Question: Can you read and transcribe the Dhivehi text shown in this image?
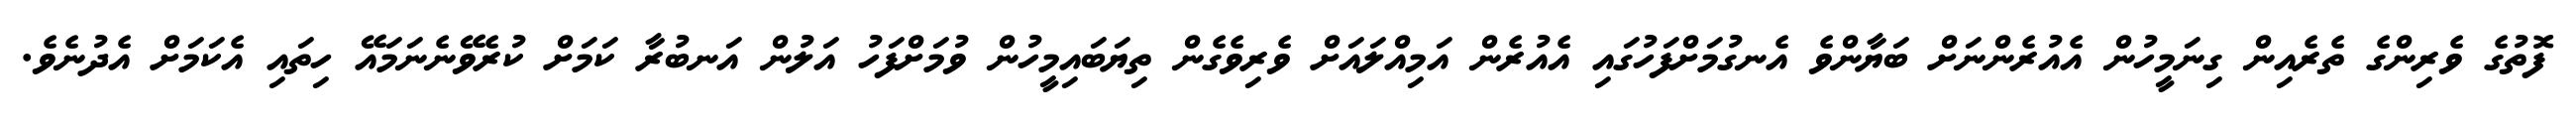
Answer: ފޮތުގެ ވެރިންގެ ތެރެއިން ގިނަމީހުން އެއުރެންނަށް ބަޔާންވެ އެނގުމަށްފަހުގައި އެއުރެން އަމިއްލައަށް ވެރިވެގެން ތިޔަބައިމީހުން ވުމަށްފަހު އަލުން އަނބުރާ ކަމަށް ކުރެވޭނެނަމައޭ ހިތައި އެކަމަށް އެދުނެވެ.